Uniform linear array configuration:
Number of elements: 16
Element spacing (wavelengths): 0.25
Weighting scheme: blackman
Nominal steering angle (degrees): -15
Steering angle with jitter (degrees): -13.411
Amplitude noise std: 0.05
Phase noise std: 0.05

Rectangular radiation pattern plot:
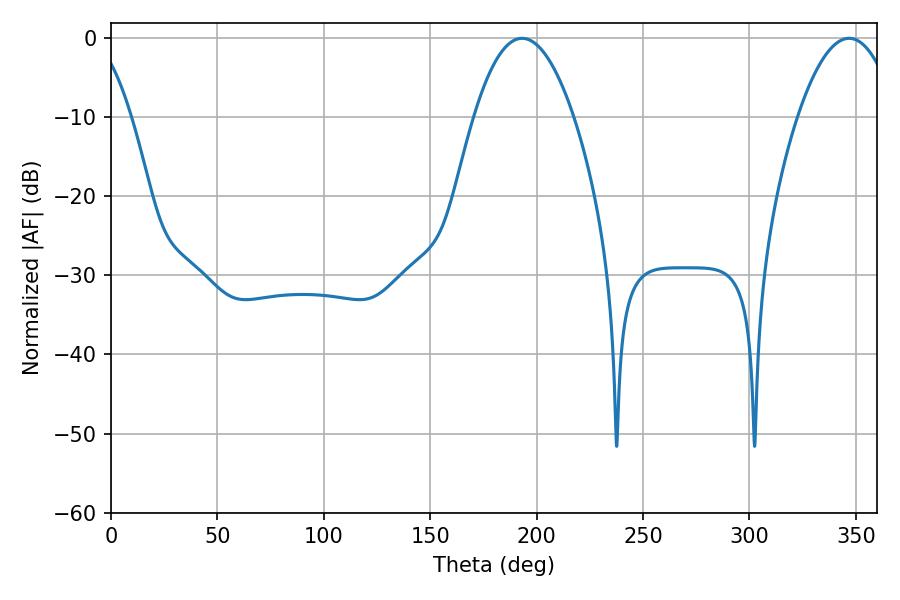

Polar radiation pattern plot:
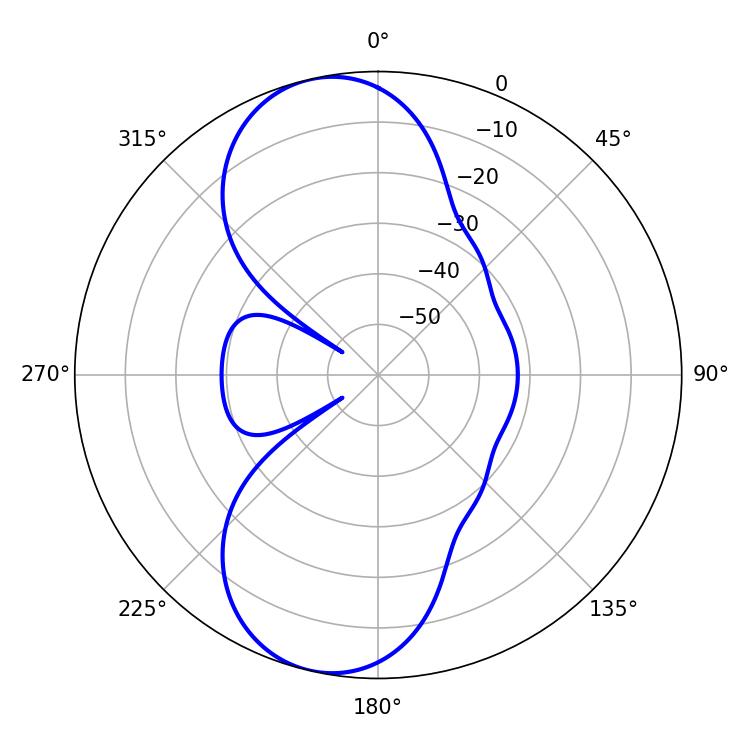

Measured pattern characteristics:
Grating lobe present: FALSE
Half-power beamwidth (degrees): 25.74
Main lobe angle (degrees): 193.14